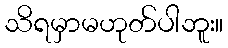
သိရမှာမဟုတ်ပါဘူး။